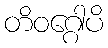
တိဝဂ္ဂေါပိ